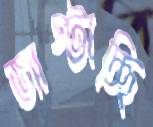
জাপ্‌টাচ্ছি